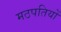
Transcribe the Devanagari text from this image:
मठपतियों